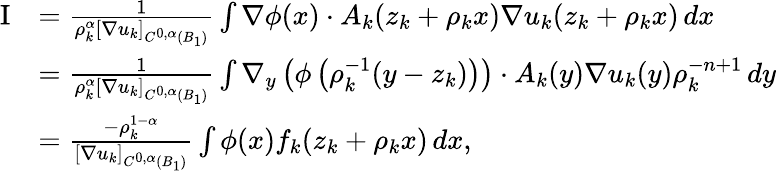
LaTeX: \begin{array}{rl}{\textrm{I}}&{=\frac{1}{\rho_{k}^{\alpha}[\nabla u_{k}]_{C^{0,\alpha}(B_{1})}}\int\nabla\phi(x)\cdot A_{k}(z_{k}+\rho_{k}x)\nabla u_{k}(z_{k}+\rho_{k}x)\, dx}\\ &{=\frac{1}{\rho_{k}^{\alpha}[\nabla u_{k}]_{C^{0,\alpha}(B_{1})}}\int\nabla_{y}\left(\phi\left(\rho_{k}^{-1}(y-z_{k})\right)\right)\cdot A_{k}(y)\nabla u_{k}(y)\rho_{k}^{-n+1}\, dy}\\ &{=\frac{-\rho_{k}^{1-\alpha}}{[\nabla u_{k}]_{C^{0,\alpha}(B_{1})}}\int\phi(x)f_{k}(z_{k}+\rho_{k}x)\, dx,}\end{array}